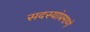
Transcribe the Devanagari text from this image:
सदस्यांप्रमाणे